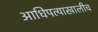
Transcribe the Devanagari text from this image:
आधिपत्याखालीच